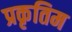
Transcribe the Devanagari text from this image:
प्रकृतिम